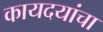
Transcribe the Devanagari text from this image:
कायदयांचा